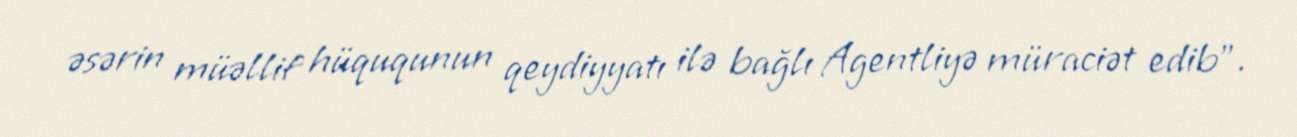
əsərin müəllif hüququnun qeydiyyatı ilə bağlı Agentliyə müraciət edib".